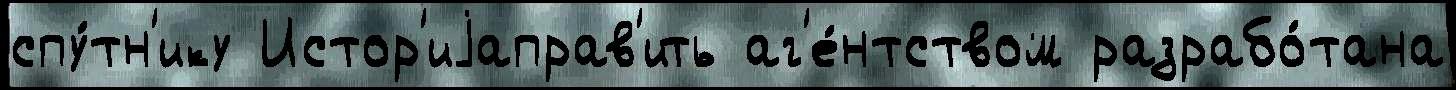
спу́тн'ику Истор'иjаправ'ить аг'е́нтством разрабо́тана